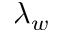
\lambda _ { w }